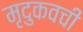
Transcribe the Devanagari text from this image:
मृदुकवची